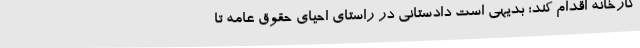
کارخانه اقدام کند؛ بدیهی است دادستانی در راستای احیای حقوق عامه تا